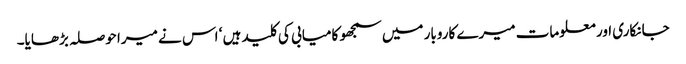
جانکاری اور معلومات میرے کاروبار میں سمجھو کامیابی کی کلید ہیں ‘ اس نے میرا حوصلہ بڑھایا۔